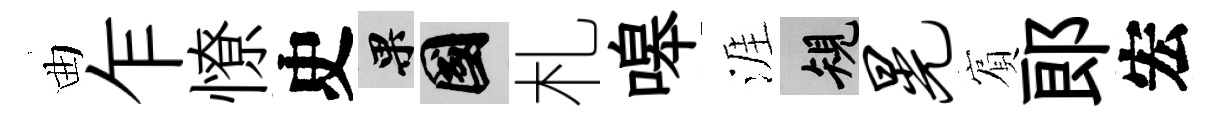
曲乍憭史果國札嗥涯規晃賔郞宏